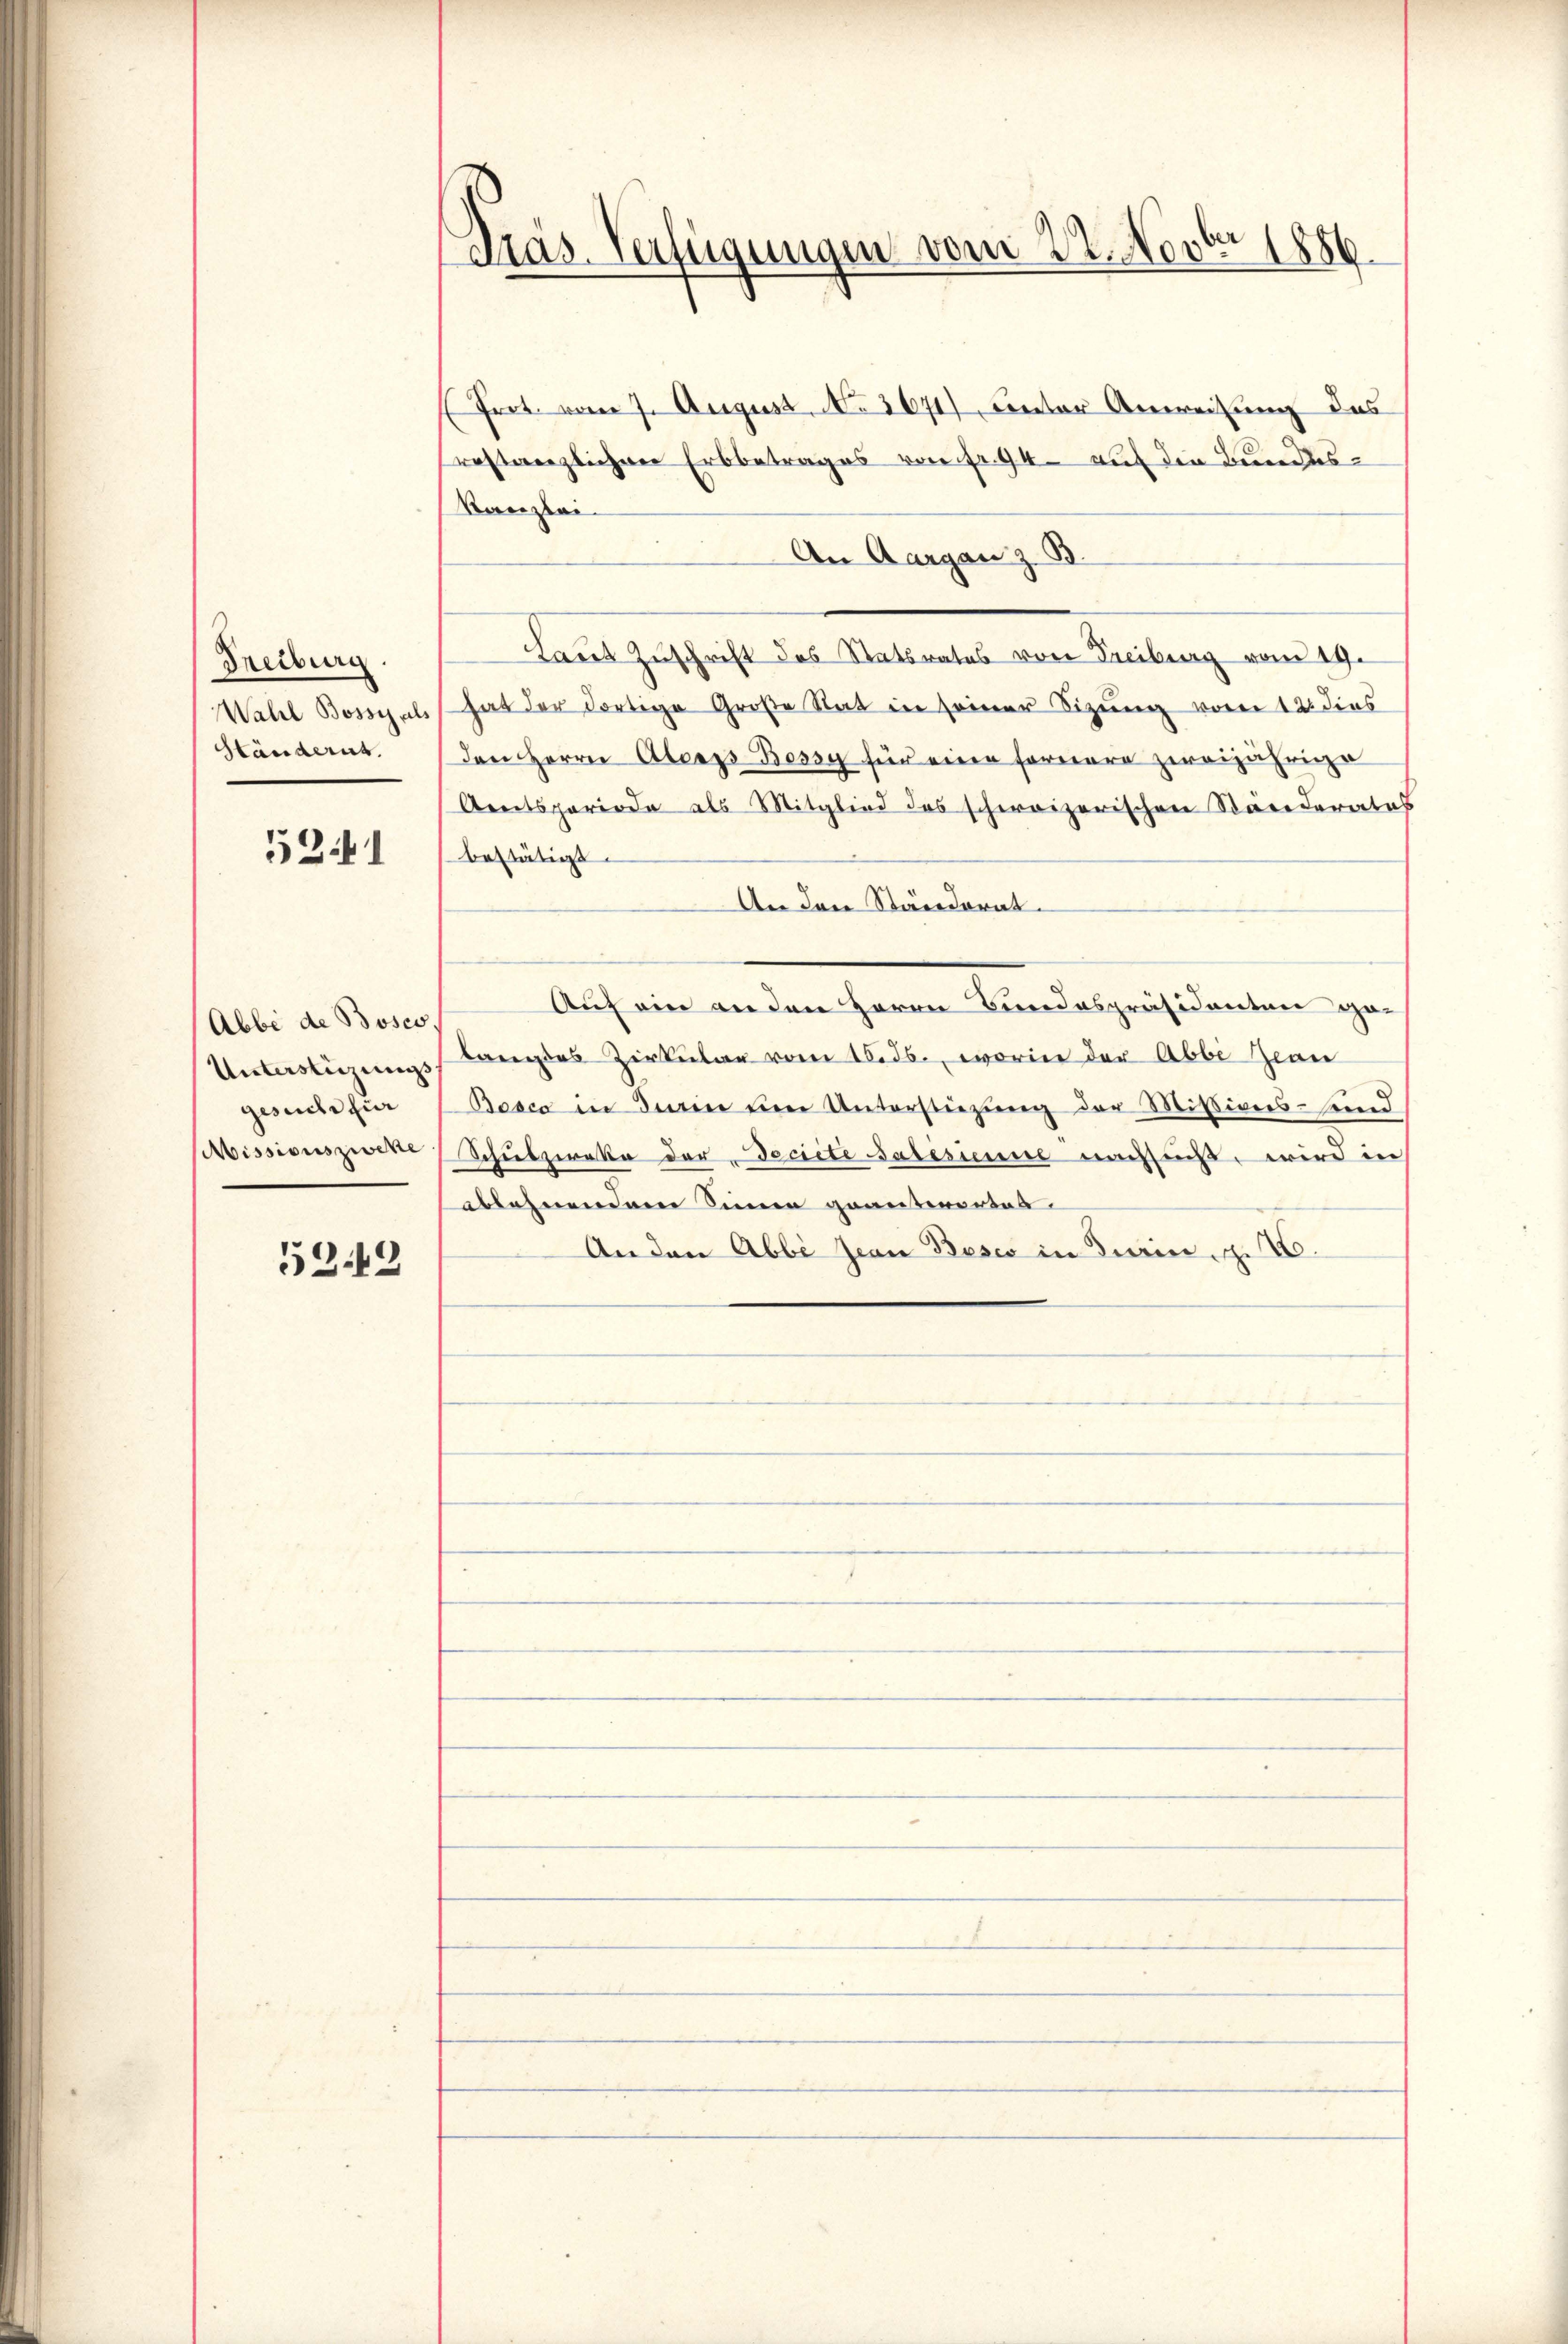
Freiburg.
Wahl Bossi als
Ständent.

521

Abbe de Böses.
Unterstüzungs
gesuche für
Missionszweke

5249

Präs. Verfügungen vom 22. Novber 1886.

Prot. vom 7. August, No 3671), unter Anweisung des
restanzlichen Erbbetrages von Fr. 94. auf die Bundes¬
Kanzlei-
An Aargau z. B.
Laut Zuschrift des Statsrates von Freiburg vom 19.
hat der dortige Große Rat in seiner Sizung vor 12 dies
den Herrn Abergs Bossy für eine Fornere zweijährige
Aentsperiode als Mitglied des schweizerischen Ständerates
bestätigt.
An den Ständerat
Auf ein an den Herrn Bundespräsidenten ge-
langtes Zirkular vom 15. ds., worin der Abbi Zwan
Bosco in darin ŭm Unterstüzŭng der Missions- sind
Schulzweke der Decrete Salesinne nachniß, wird in
ablehnendem Sinnen geantwortes
An den Abbi Jean Beses in Turin, z. B.